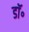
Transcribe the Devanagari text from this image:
डाॅ॰